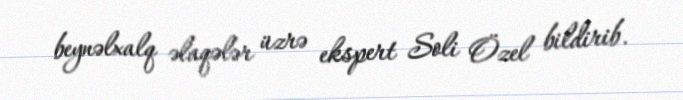
beynəlxalq əlaqələr üzrə ekspert Soli Özel bildirib.